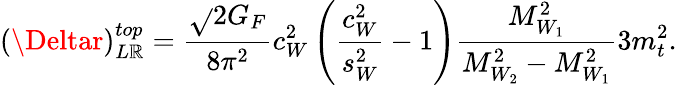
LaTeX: (\Deltar)_{L\mathbb{R}}^{top}=\frac{{\sqrt{}{{2}}G_{F}}}{{8\pi^{2}}}c_{W}^{2}\left(\frac{{c_{W}^{2}}}{{s_{W}^{2}}}-1\right)\frac{{M_{W_{1}}^{2}}}{{M_{W_{2}}^{2}-M_{W_{1}}^{2}}}3m_{t}^{2}.